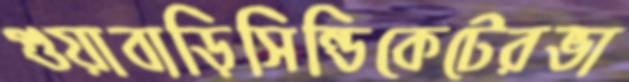
গুয়াবাড়িসিন্ডিকেটেরভা